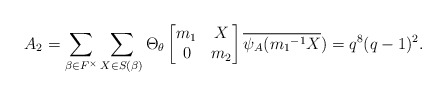
\begin{align*} A_{2}= \sum_{\beta \in F^{\times}}\sum_{X \in S(\beta)}\Theta_{\theta} \begin{bmatrix} m_{1} & X\\ 0 & m_{2}\end{bmatrix}\overline{\psi_A({m_{1}}^{-1}X})=q^{8}(q-1)^{2}.\end{align*}